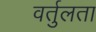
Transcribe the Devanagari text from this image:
वर्तुलता